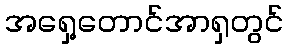
အရှေ့တောင်အာရှတွင်